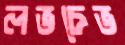
লভচেভ